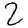
Digit: 2